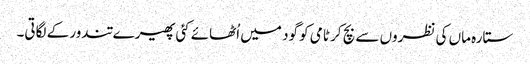
ستارہ ماں کی نظروں سے بچ کر ٹامی کو گود میں اُٹھائے کئی پھیرے تندور کے لگاتی۔